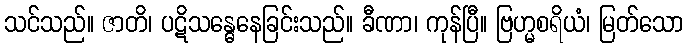
သင်သည်။ ဇာတိ၊ ပဋိသန္ဓေနေခြင်းသည်။ ခီဏာ၊ ကုန်ပြီ။ ဗြဟ္မစရိယံ၊ မြတ်သော